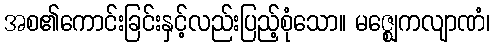
အစ၏ကောင်းခြင်းနှင့်လည်းပြည့်စုံသော။ မဇ္ဈေကလျာဏံ၊